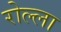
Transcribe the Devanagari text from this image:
रोल्ला